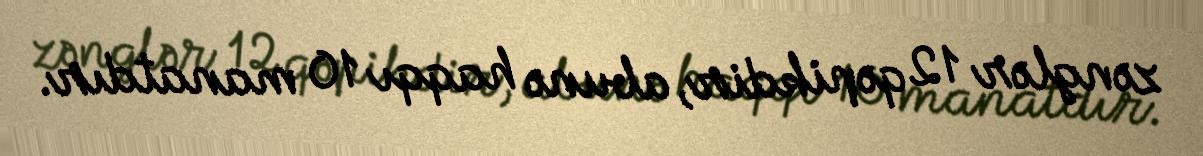
zənglər 12 qəpikdir, abunə haqqı 10 manatdır.